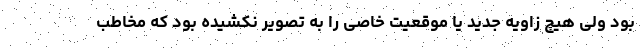
بود ولی هیچ زاویه جدید یا موقعیت خاصی را به تصویر نکشیده بود که مخاطب